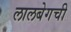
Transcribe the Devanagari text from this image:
लालबेगची